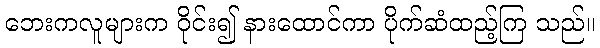
ဘေးကလူများက ဝိုင်း၍ နားထောင်ကာ ပိုက်ဆံထည့်ကြ သည်။